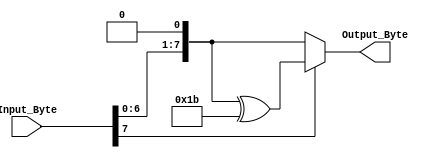
module Xmult #(parameter BYTE=8, parameter WORD=32, parameter SENTENCE=128) (Input_Byte, Output_Byte); 
input [BYTE-1:0] Input_Byte;
output wire [BYTE-1:0] Output_Byte;
// checks the MSB of the Input_Byte: if it is 0  shift left
 // if it is a 1  shift to the left and XOR with {1B}.
assign Output_Byte = (!Input_Byte[BYTE-1]) ? {Input_Byte[BYTE-2:0],1'b0} : {Input_Byte[BYTE-2:0],1'b0} ^ 8'h1B;
endmodule